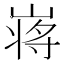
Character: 𡺃